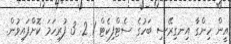
އީން ހިންގާ އިނގިރޭސި ބަހުގެ ސެޓްފިކެޓް 1 2. 3 ފުރިހަމަ ކޮށްފައިވުން.